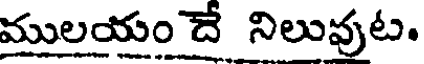
ములయం దే నిలువుట.